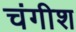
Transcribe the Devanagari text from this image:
चंगीश